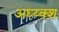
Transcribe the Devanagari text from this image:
अध्य्क्श